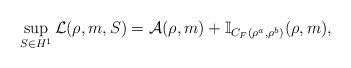
LaTeX: \begin{align*}\sup_{S\in H^1}\mathcal L(\rho,m,S)=\mathcal A(\rho,m)+\mathbb I_{C_F(\rho^a,\rho^b)}(\rho,m),\end{align*}